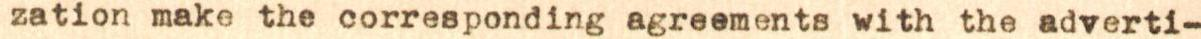
zation make the corresponding agreements with the adverti-